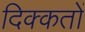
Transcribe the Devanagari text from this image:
दिक्‍कतों